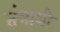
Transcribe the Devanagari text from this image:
तंत्राशी